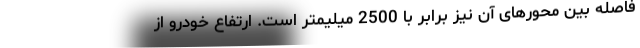
فاصله بین محورهای آن نیز برابر با 2500 میلیمتر است. ارتفاع خودرو از